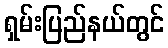
ရှမ်းပြည်နယ်တွင်